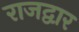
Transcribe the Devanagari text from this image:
राजद्वार